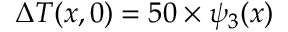
\Delta { T } ( x , 0 ) = 5 0 \times \psi _ { 3 } ( x )